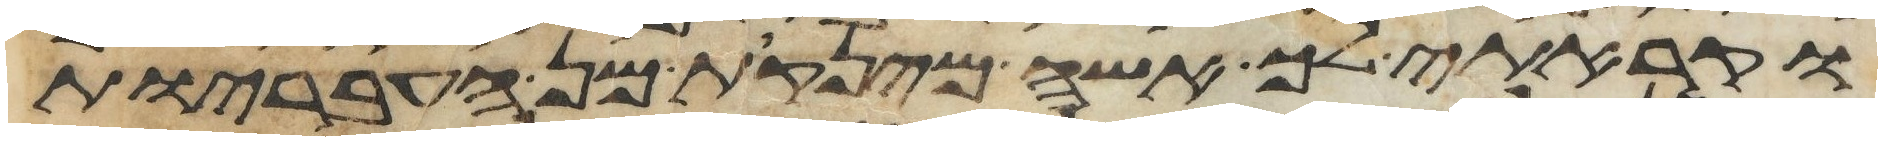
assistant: וקראתי ליך אשה מינקות מן העבריות